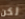
لكن